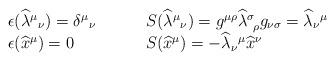
LaTeX: \begin{align*}\begin{array}{lll}\epsilon(\widehat{\lambda}{^{\mu}}_{\nu})=\delta{^{\mu}}_{\nu} &\,\,\,\,\,\,\,\,& S(\widehat{\lambda}{^{\mu}}_{\nu})= g^{\mu\rho}\widehat{\lambda}_{\ \rho}^{\sigma}g_{\nu\sigma} = \widehat{\lambda}_{\nu}{^{\mu}} \\\epsilon(\widehat{x}^{\mu}) =0 && S(\widehat{x}^{\mu})=-\widehat{\lambda}_{\nu}{^{\mu}}\widehat{x}^{\nu}\end{array}\end{align*}